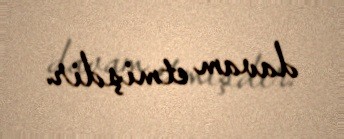
davam etmişdir.